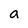
Character: a